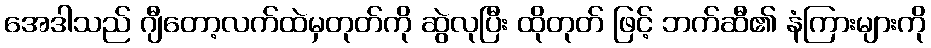
အေဒါသည် ဂျီတော့လက်ထဲမှတုတ်ကို ဆွဲလုပြီး ထိုတုတ် ဖြင့် ဘက်ဆီ၏ နံကြားများကို